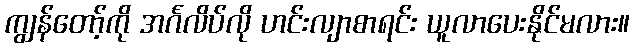
ကျွန်တော့်ကို အင်္ဂလိပ်လို ဟင်းလျာစာရင်း ယူလာပေးနိုင်မလား။